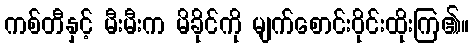
ကစ်တီနှင့် မီးမီးက မိခိုင်ကို မျက်စောင်းဝိုင်းထိုးကြ၏။